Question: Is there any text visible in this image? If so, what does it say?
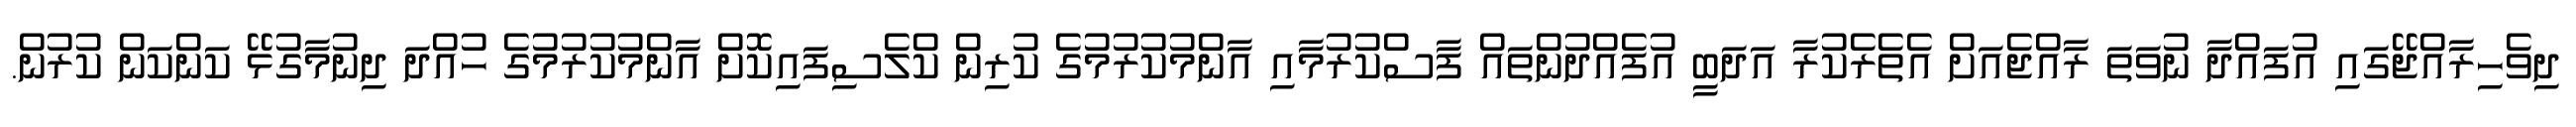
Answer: ދިވެހިރާއްޖޭގައި އުފައްދާ ނުވަތަ ރާއްޖެއަށް އެތެރެކުރާ އަދަބީ އުފެއްދުންތައް ފާސްކުރުމާއި އާންމުކުރުމުގެ ކުރިން ކްލެސިފައިކޮށް އާންމުކުރުމުގެ ހުއްދަ ދިނުމާގުޅޭ ކަންކަން ކުރުން.